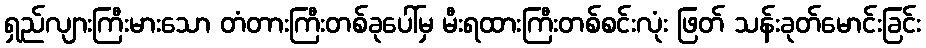
ရှည်လျားကြီးမားသော တံတားကြီးတစ်ခုပေါ်မှ မီးရထားကြီးတစ်စင်းလုံး ဖြတ် သန်းခုတ်မောင်းခြင်း